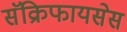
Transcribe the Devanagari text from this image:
सॅक्रिफायसेस